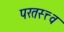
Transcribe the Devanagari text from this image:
परतस्त्त्व